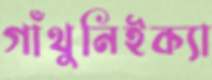
গাঁথুনিইক্যা